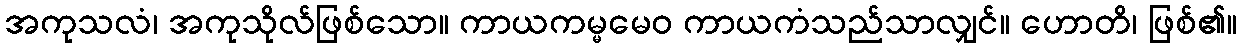
အကုသလံ၊ အကုသိုလ်ဖြစ်သော။ ကာယကမ္မမေဝ ကာယကံသည်သာလျှင်။ ဟောတိ၊ ဖြစ်၏။